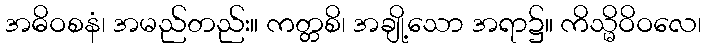
အဓိဝစနံ၊ အမည်တည်း။ ကတ္တစိ၊ အချို့သော အရာ၌။ ကိသ္မိဝိဝလေ၊